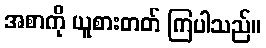
အစာကို ယူစားတတ် ကြပါသည်။